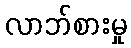
လာဘ်စားမှု